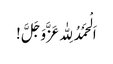
اَ لْحَمْدُ لِلّٰہ عَزَّوَجَلَّ !